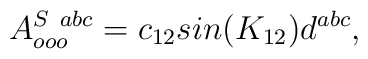
A^{S\ abc}_{ooo}=c_{12}sin(K_{12})d^{abc},